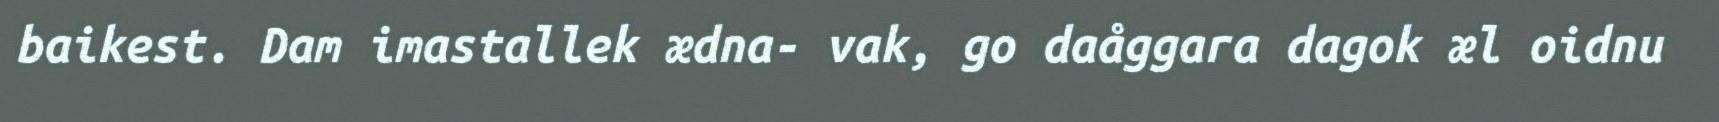
baikest. Dam imastallek ædna- vak, go daåggara dagok æl oidnu